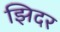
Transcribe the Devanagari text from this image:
झिदर